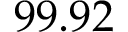
9 9 . 9 2